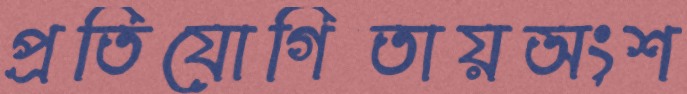
প্রতিযোগিতায়অংশ